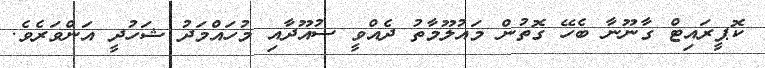
ކޮޕީރައިޓް ގާނޫނާ ބެހޭ ގޮތުން މައުލޫމާތު ދެއްވީ ސުއޫދާއި މުހައްމަދު ޝަހުދީ އަންވަރެވެ.